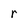
Character: r